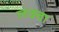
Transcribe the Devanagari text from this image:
लक्वा